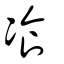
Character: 飡